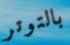
بالتوتر